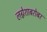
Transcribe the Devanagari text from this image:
लग्नेशाबरोबर